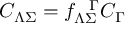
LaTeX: C _ { \Lambda \Sigma } = f _ { \Lambda \Sigma } ^ { \ \ \Gamma } C _ { \Gamma }